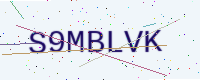
Text: S9MBLVK